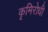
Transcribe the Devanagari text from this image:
कृमिरोधी